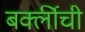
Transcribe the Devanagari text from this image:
बर्क्लीची